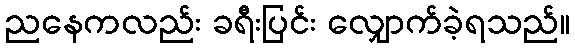
ညနေကလည်း ခရီးပြင်း လျှောက်ခဲ့ရသည်။